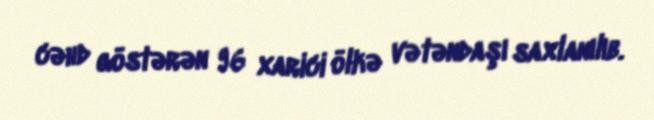
cəhd göstərən 96 xarici ölkə vətəndaşı saxlanılıb.